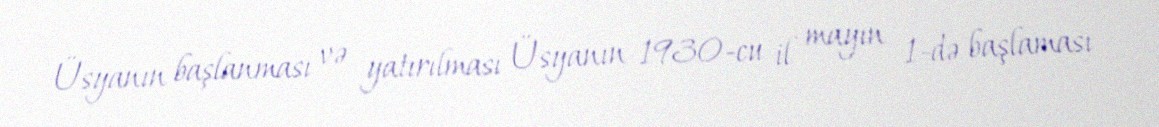
Üsyanın başlanması və yatırılması Üsyanın 1930-cu il mayın 1-də başlaması